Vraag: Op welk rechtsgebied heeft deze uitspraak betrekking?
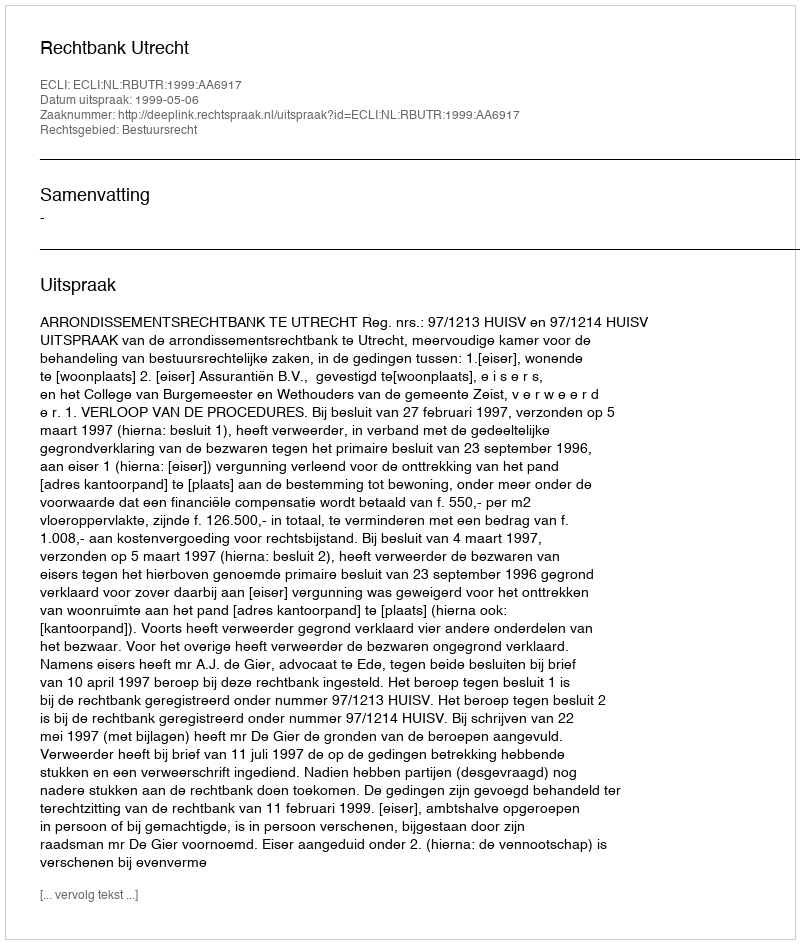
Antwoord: Bestuursrecht